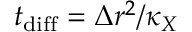
t _ { \mathrm { d i f f } } = \Delta r ^ { 2 } / \kappa _ { X }